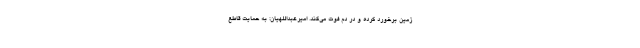
زمین برخورد کرده و در دم فوت می‌کند. امیرعبداللهیان: به حمایت قاطع